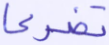
تضرعا